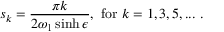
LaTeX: s _ { k } = \frac { \pi k } { 2 \omega _ { 1 } \sinh \epsilon } , ~ \mathrm { f o r } ~ k = 1 , 3 , 5 , . . . ~ .